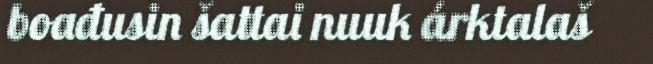
boađusin šattai nuuk árktalaš